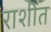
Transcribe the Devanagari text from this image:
राशींत